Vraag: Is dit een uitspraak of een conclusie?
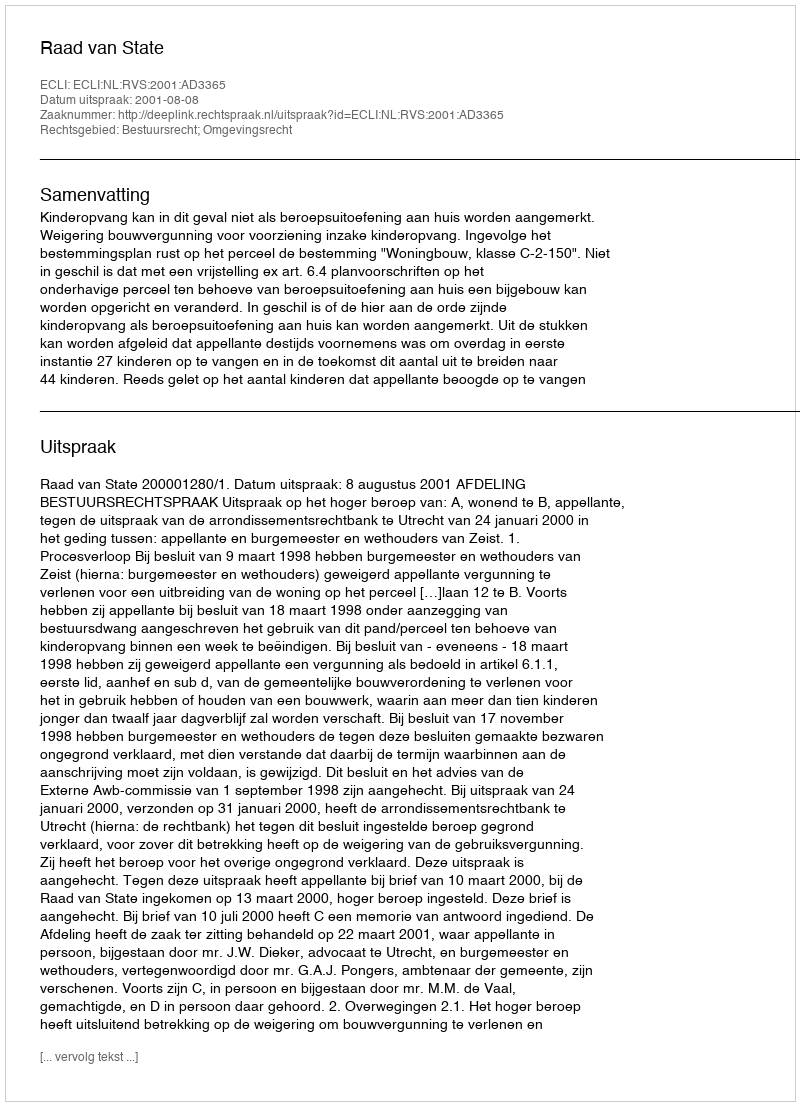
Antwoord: Uitspraak